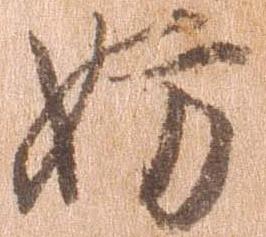
妨